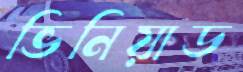
ভিনিয়াড